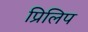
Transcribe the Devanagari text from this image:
प्रिलिप